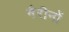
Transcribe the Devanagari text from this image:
मैरीनों